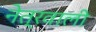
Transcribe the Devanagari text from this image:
नेत्रवाली